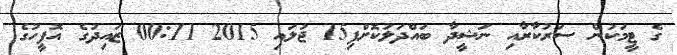
ގެ ޓީމަކުން ސަރުކާރާއި ނަޝީދާ ބައްދަލުކޮށްފި15 ޖުލައި 2015 00:11 ޒައިދުގެ އޮފީހުގެ